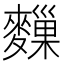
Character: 𪍨